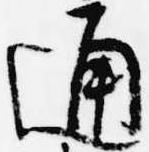
通